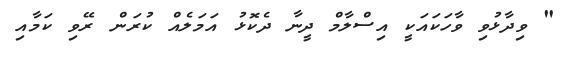
" ވިދާޅުވި ވާހަކައަކީ އިސްލާމް ދީނާ ދެކޮޅު އަމަލެއް ކުރަން ރޭވި ކަމާއި